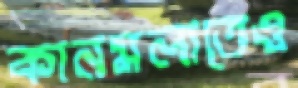
কানমলাতেও